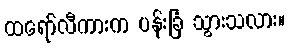
ထရော်လီကားက ပန်းခြံ သွားသလား။